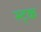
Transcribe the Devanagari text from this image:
स्ट्क